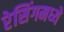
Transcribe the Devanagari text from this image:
रेसिंगमध्ये